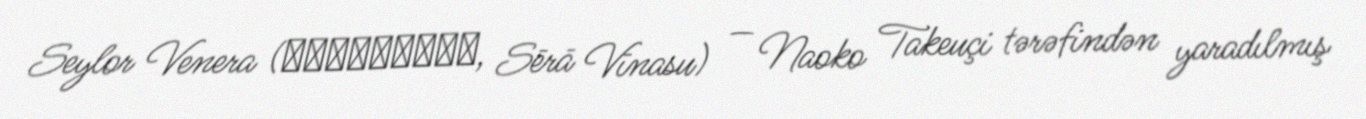
Seylor Venera (セーラーヴィーナス, Sērā Vīnasu) — Naoko Takeuçi tərəfindən yaradılmış